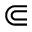
\Subset